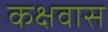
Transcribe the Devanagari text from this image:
कक्षवास